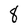
Character: 8